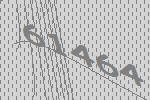
61464